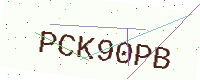
Text: PCK90PB